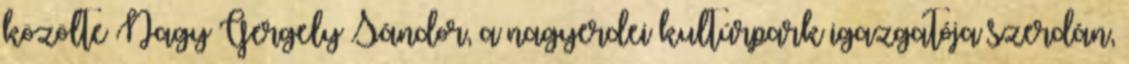
közölte Nagy Gergely Sándor, a nagyerdei kultúrpark igazgatója szerdán,